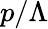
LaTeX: p/\Lambda